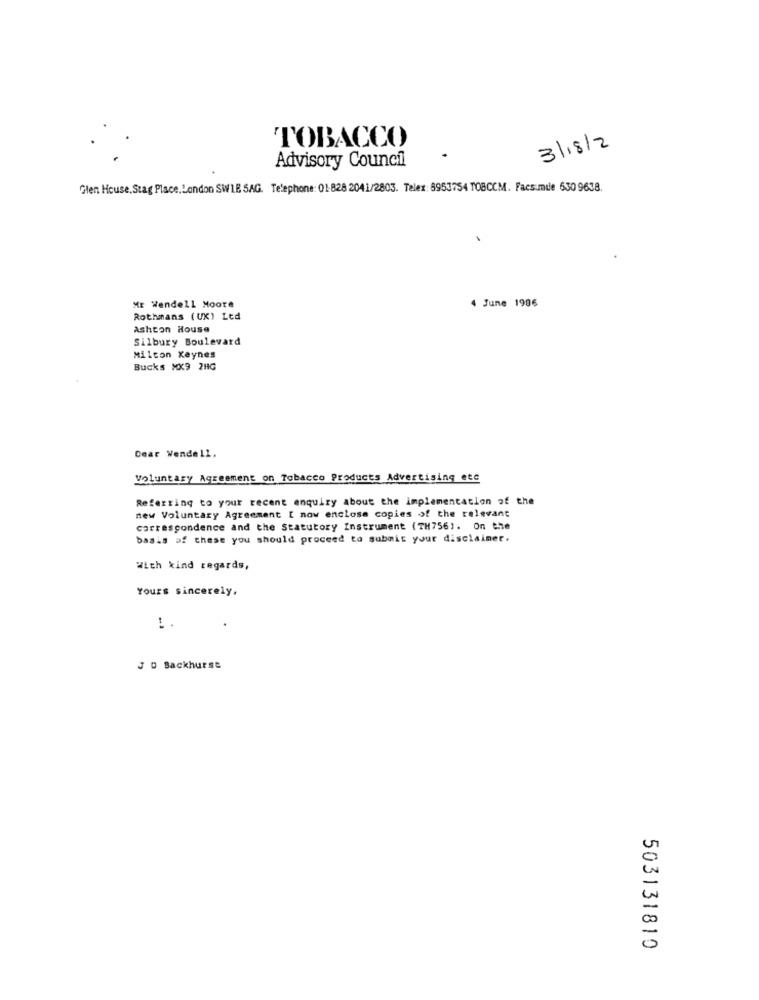
TOBACCO
3/18/2
Advisory Council
Glen House. Stag Place. London SW1B SAG. Telephone: 01-828 2041/2803. Telex: 8953754 TOBCCM. Facs.mule 630 9638.
4 June 1986
ME Wendell Moore
Rothmans (UK) Led
Ashton House
Silbury Boulevard
Milton Keynes
Bucks XX9 2HG
Cear Wende11.
Voluntary Agreement on Tobacco Products Advertising etc
Referring to your recent enquiry about the implementation of the
new Voluntary Agreement [ now enclose copies of the relevant
correspondence and the Statutory Instrument (TH756). On the
basis of these you should proceed to submit your disclaimer.
With kind regards,
Yours sincerely,
J D Backhurst
503131810